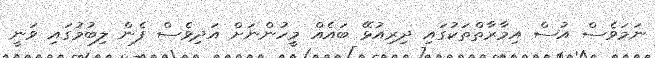
ނަމަވެސް އުސް އިމާރާތްތަކުގައި ދިރިއުޅޭ ބައެއް މީހުންނަށް އަދިވެސް ފެން ލިބުމުގައި ވަނީ